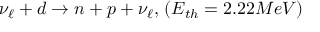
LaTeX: \nu _ { \ell } + d \rightarrow n + p + \nu _ { \ell } , \, ( E _ { t h } = 2 . 2 2 M e V ) \,